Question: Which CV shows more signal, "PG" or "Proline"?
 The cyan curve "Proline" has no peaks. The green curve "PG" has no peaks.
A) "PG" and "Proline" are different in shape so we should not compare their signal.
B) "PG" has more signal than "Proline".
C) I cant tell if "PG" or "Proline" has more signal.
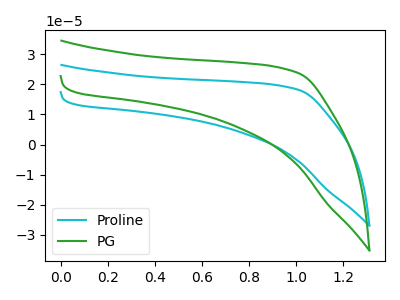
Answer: <think>Neither "PG" or "Proline" have any peaks.
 </think>
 <answer>C) I cant tell if "PG" or "Proline" has more signal.</answer>
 <eval>C</eval>